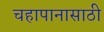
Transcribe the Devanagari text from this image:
चहापानासाठी